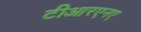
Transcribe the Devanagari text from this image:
टीआरएनए